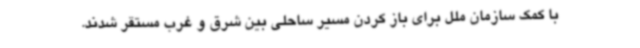
با کمک سازمان ملل برای باز کردن مسیر ساحلی بین شرق و غرب مستقر شدند.